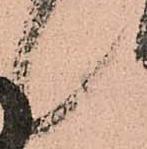
候